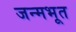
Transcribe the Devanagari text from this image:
जन्मभूत